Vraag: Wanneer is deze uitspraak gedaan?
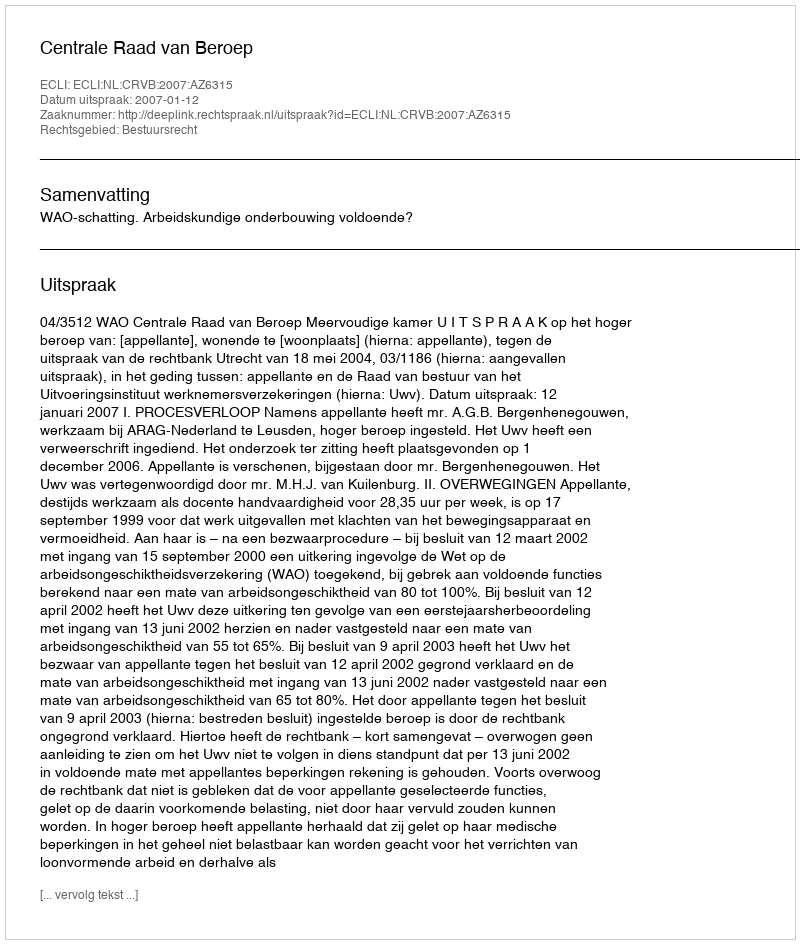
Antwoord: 2007-01-12